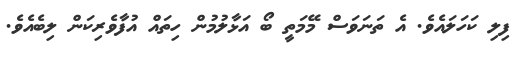
ފިލި ކަހަލައެވެ. އެ ތަނަވަސް މޭމަތީ ބޯ އަޅާލުމުން ހިތައް އުފާވެރިކަން ލިބެއެވެ.